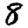
Digit: 8